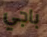
باجي